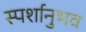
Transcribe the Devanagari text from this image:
स्पर्शानुभव